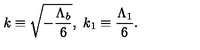
k \equiv \sqrt { - \frac { \Lambda _ { b } } { 6 } } , \ k _ { 1 } \equiv \frac { \Lambda _ { 1 } } { 6 } .